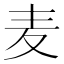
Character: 麦